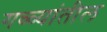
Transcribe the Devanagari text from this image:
गळ्यांतील